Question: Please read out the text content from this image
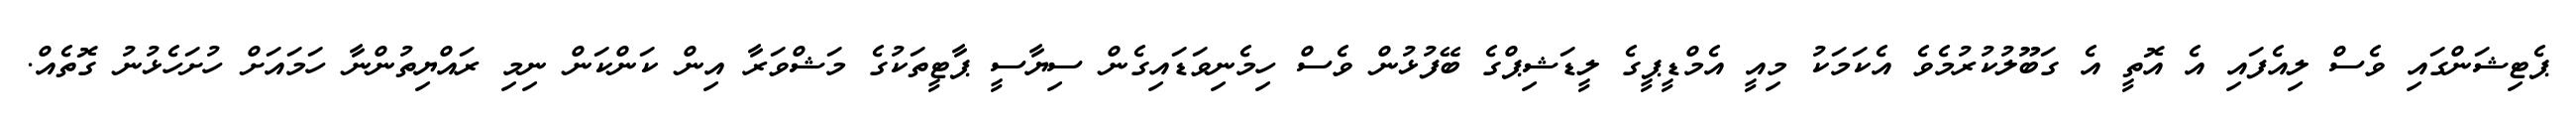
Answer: ޕެޓިޝަންގައި ވެސް ލިއެފައި އެ އޮތީ އެ ގަބޫލުކުރުމެވެ އެކަމަކު މިއީ އެމްޑީޕީގެ ލީޑަޝިޕްގެ ބޭފުޅުން ވެސް ހިމެނިވަޑައިގެން ސިޔާސީ ޕާޓީތަކުގެ މަޝްވަރާ އިން ކަންކަން ނިމި ރައްޔިތުންނާ ހަމައަށް ހުށަހެޅުނު ގޮތެއް.